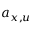
a _ { x , u }